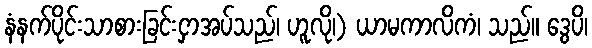
နံနက်ပိုင်းသာစားခြင်းငှာအပ်သည်၊ ဟူလို၊) ယာမကာလိကံ၊ သည်။ ဒွေပိ၊